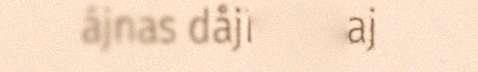
ájnas dåjma maj